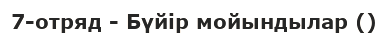
7-отряд - Бүйір мойындылар ()